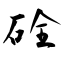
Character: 硂